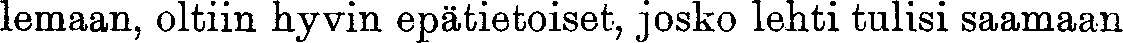
lemaan, oltiin hyvin epätietoiset, josko lehti tulisi saamaan